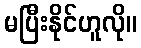
မပြီးနိုင်ဟူလို။